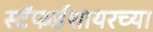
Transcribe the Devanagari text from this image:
स्टॅफर्डशायरच्या